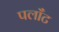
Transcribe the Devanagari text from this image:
पलाँट